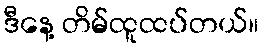
ဒီနေ့ တိမ်ထူထပ်တယ်။